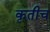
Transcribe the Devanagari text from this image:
कृतीच